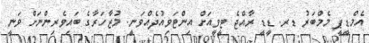
އެމްޑީޕީ މެމްބަރު ޑރ. ޑީޑީ ރާއްޖެ ޓީވީއަށް އިންޓަވިއުދެއްވަނީ. މުޒާހަރާގެ ބައިވެރިންނަށް ވަނީ